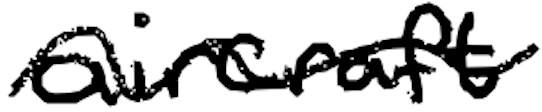
Text: aircraft
Cross-out: wave
Writing tool: digital_black